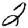
Digit: 2